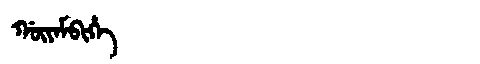
Manchu: ᡤᡡᠶᠠᠮᠪᡳᡥᡝ
Romanization: GŪYAMBIHE